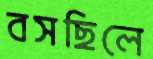
বসছিলে